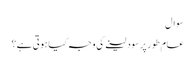
سوال
عام طور پر سود لینے کی وجہ کیا ہوتی ہے؟